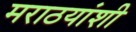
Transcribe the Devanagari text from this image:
मराठयांशी